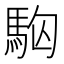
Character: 𩢛